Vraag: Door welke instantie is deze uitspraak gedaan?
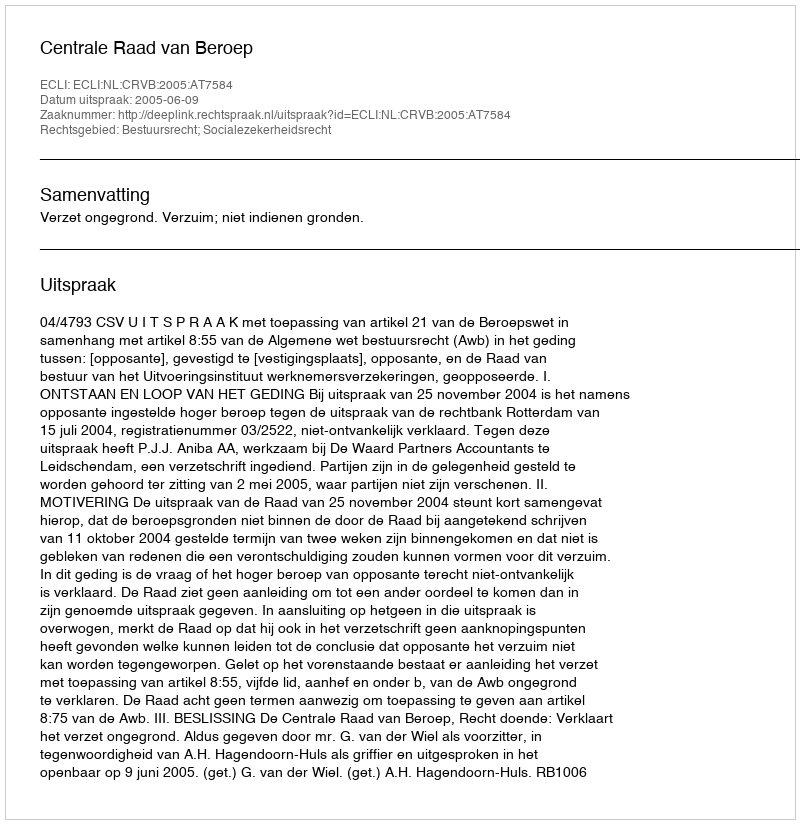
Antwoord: Centrale Raad van Beroep